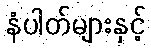
နံပါတ်များနှင့်